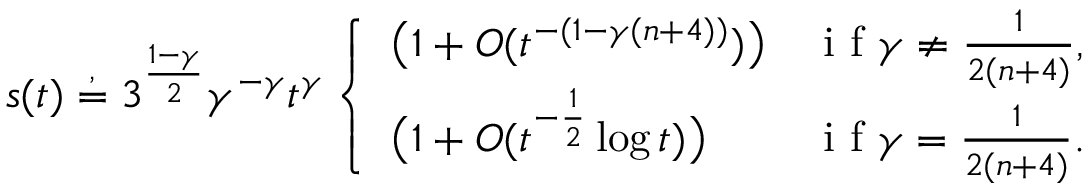
s ( t ) \stackrel { , } { = } 3 ^ { \frac { 1 - \gamma } { 2 } } \gamma ^ { - \gamma } t ^ { \gamma } \left\{ \begin{array} { l l } { \big ( 1 + O ( t ^ { - ( 1 - \gamma ( n + 4 ) ) } ) \big ) } & { \mathrm { ~ i ~ f ~ } \gamma \ne \frac { 1 } { 2 ( n + 4 ) } , } \\ { \big ( 1 + O ( t ^ { - \frac 1 2 } \log t ) \big ) } & { \mathrm { ~ i ~ f ~ } \gamma = \frac { 1 } { 2 ( n + 4 ) } . } \end{array} \right.